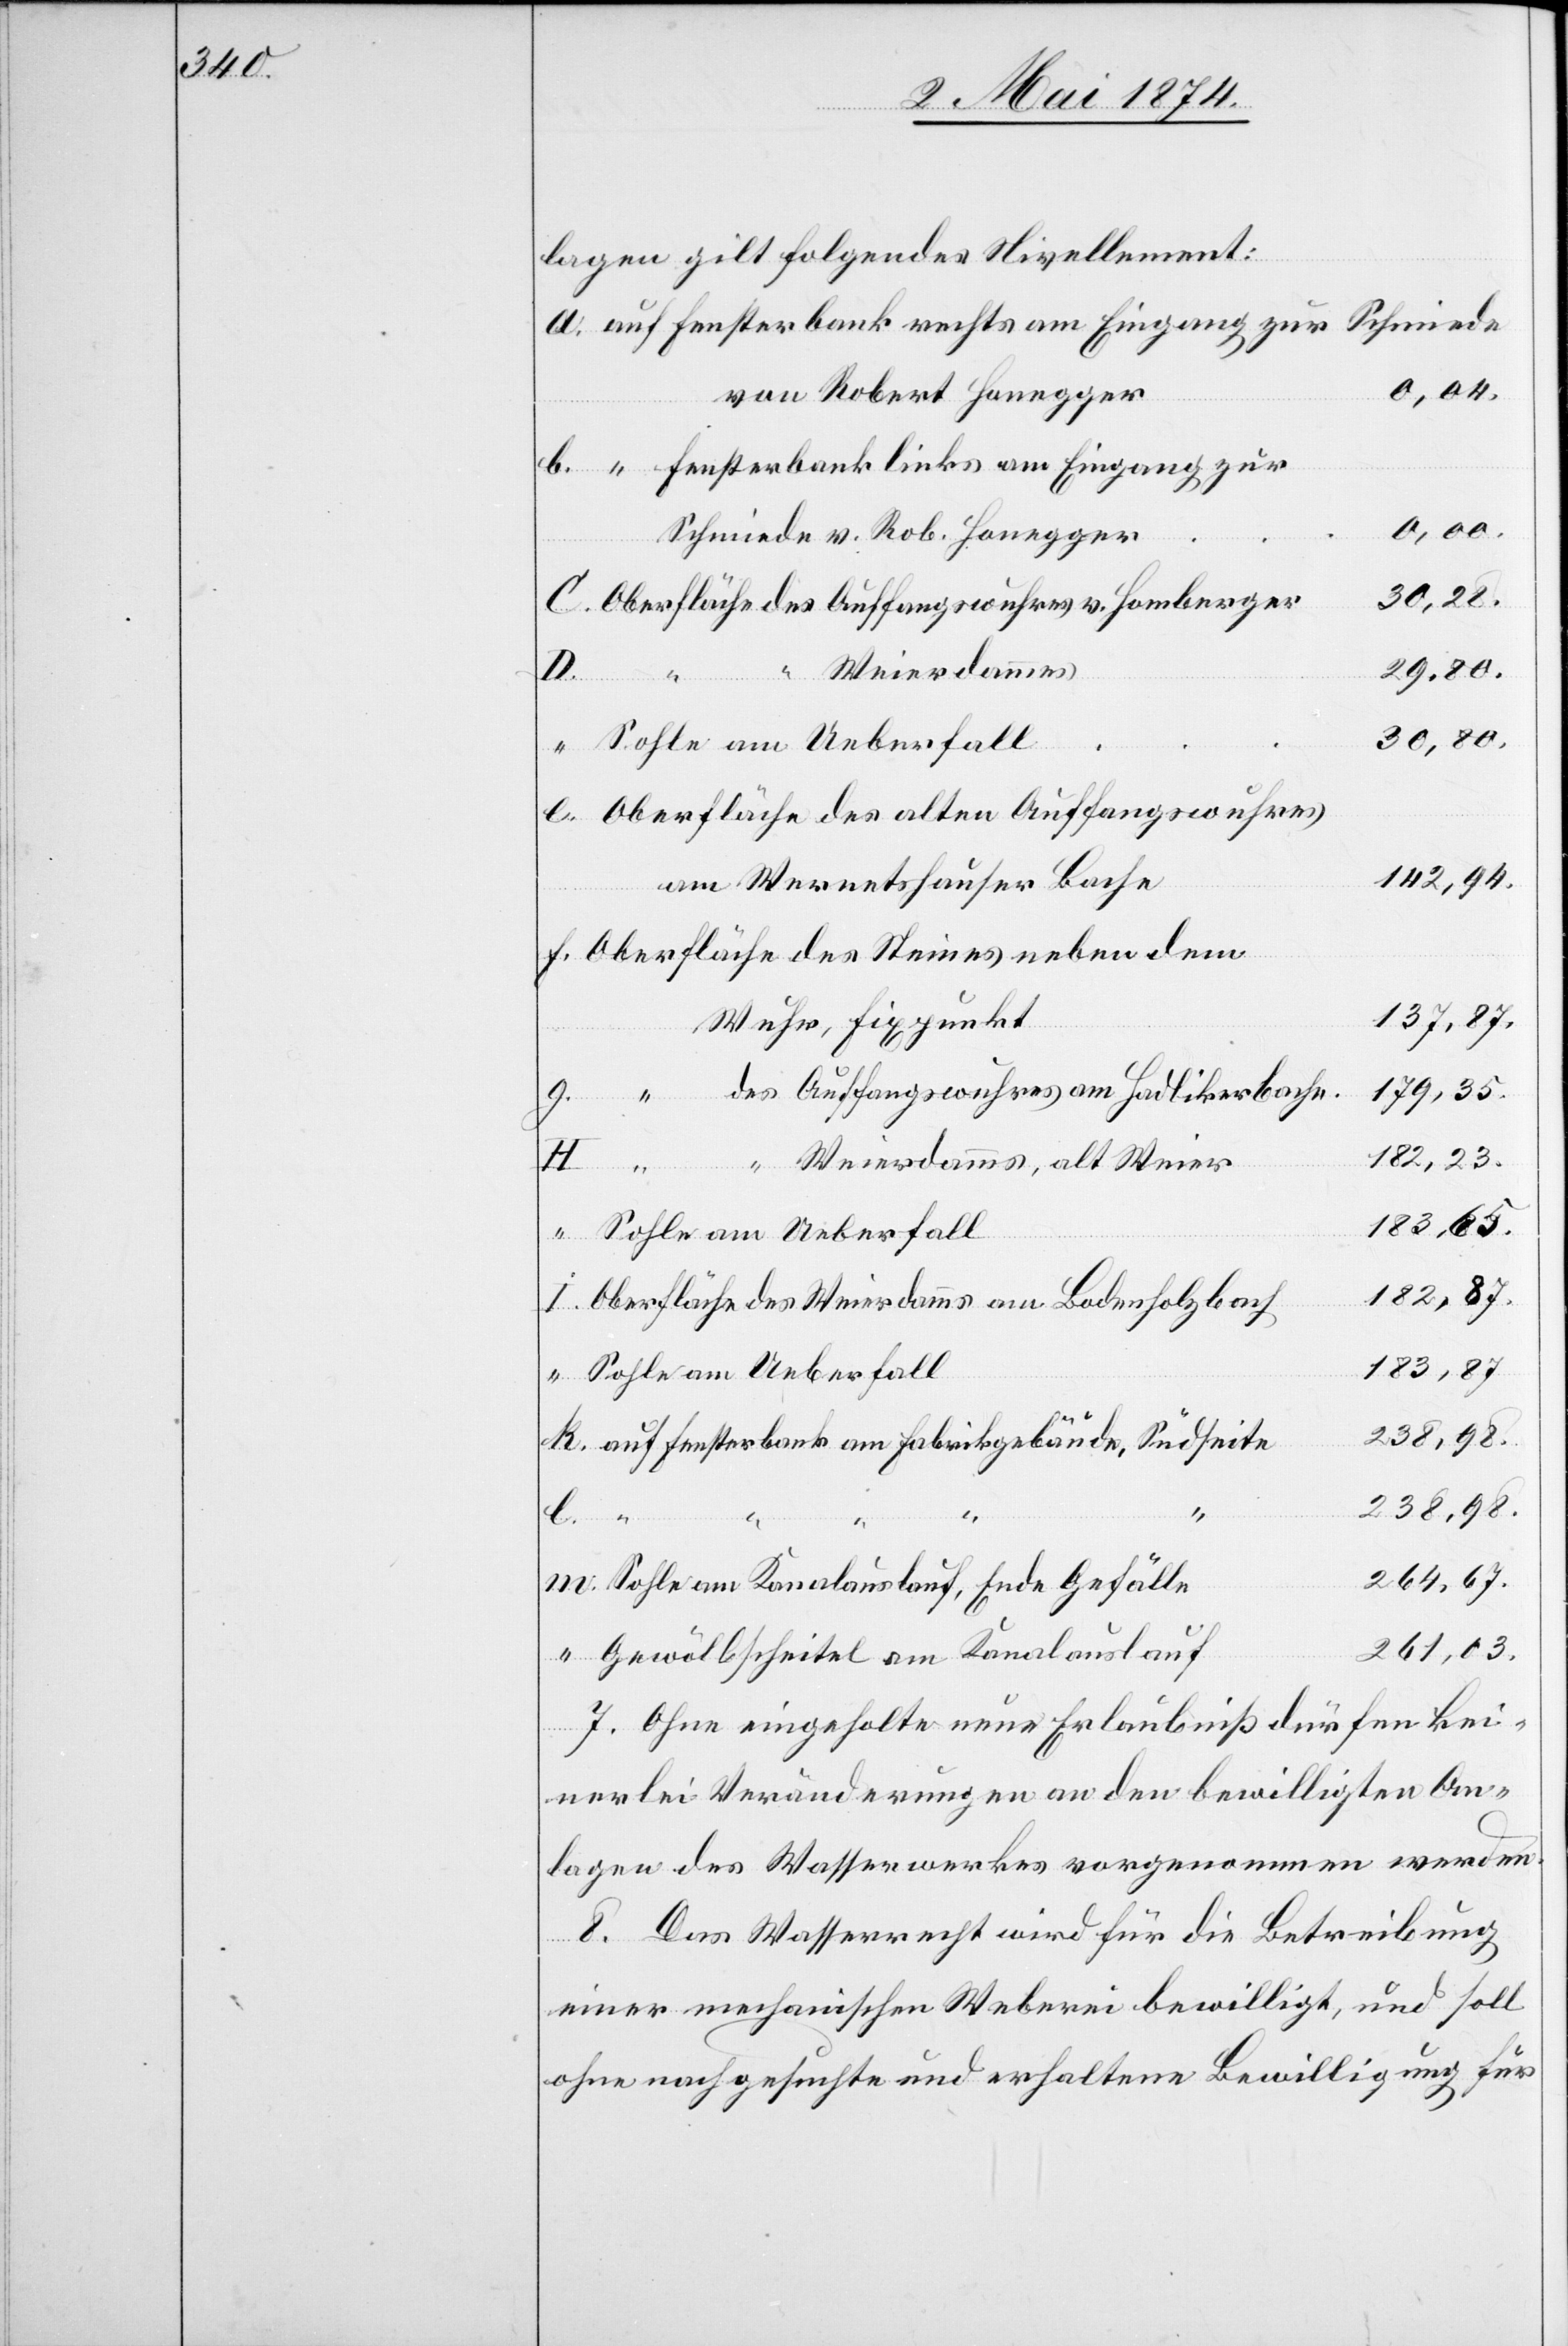
lagen gilt folgendes Nivellement:
Schmiede
0,04.
von Robert Honegger
0,00.
30,28.
29,80.
Weierdamms
v.
Kanalauslauf
30,80.
142,94.
am Wernetshauser Bache
137,87.
179,35.
182,23.
I.
des
182,87.
183,87.
238,98.
l.
“
261,03.
7. Ohne eingeholte neue Erlaubniß dürfen kei¬
am
nerlei Veränderungen an den bewilligten An¬
lagen des Wasserwerkes vorgenommen werden.
8. Das Wasserrecht wird für die Betreibung
einer mechanischen Weberei bewilligt, und soll
ohne nachgesuchte und erhaltene Bewilligung für